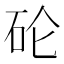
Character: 𱳯